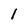
Character: l